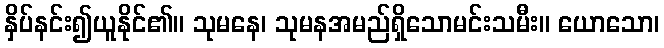
နှိပ်နင်း၍ယူနိုင်၏။ သုမနေ၊ သုမနအမည်ရှိသောမင်းသမီး။ ယောသော၊